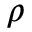
\rho